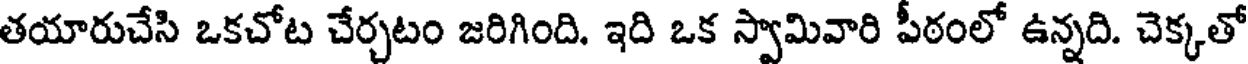
తయారుచేసి ఒకచోట చేర్చటం జరిగింది. ఇది ఒక స్వామివారి పీఠంలో ఉన్నది. చెక్కతో